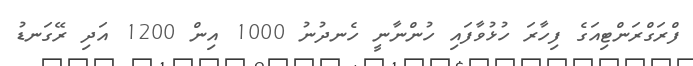
ފްރަގްރަންޓިއަގެ ފިހާރަ ހުޅުވާފައި ހުންނާނީ ހެނދުނު 1000 އިން 1200 އަދި ރޭގަނޑު